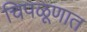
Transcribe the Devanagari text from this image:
चिपळूणात